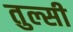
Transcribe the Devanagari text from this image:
तुल्सी